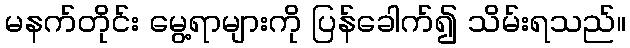
မနက်တိုင်း မွေ့ရာများကို ပြန်ခေါက်၍ သိမ်းရသည်။